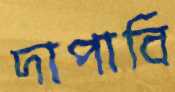
দাপাবি